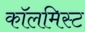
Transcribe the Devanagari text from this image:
कॉलमिस्ट